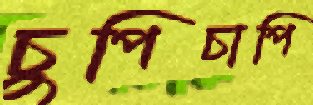
চুপিচাপি